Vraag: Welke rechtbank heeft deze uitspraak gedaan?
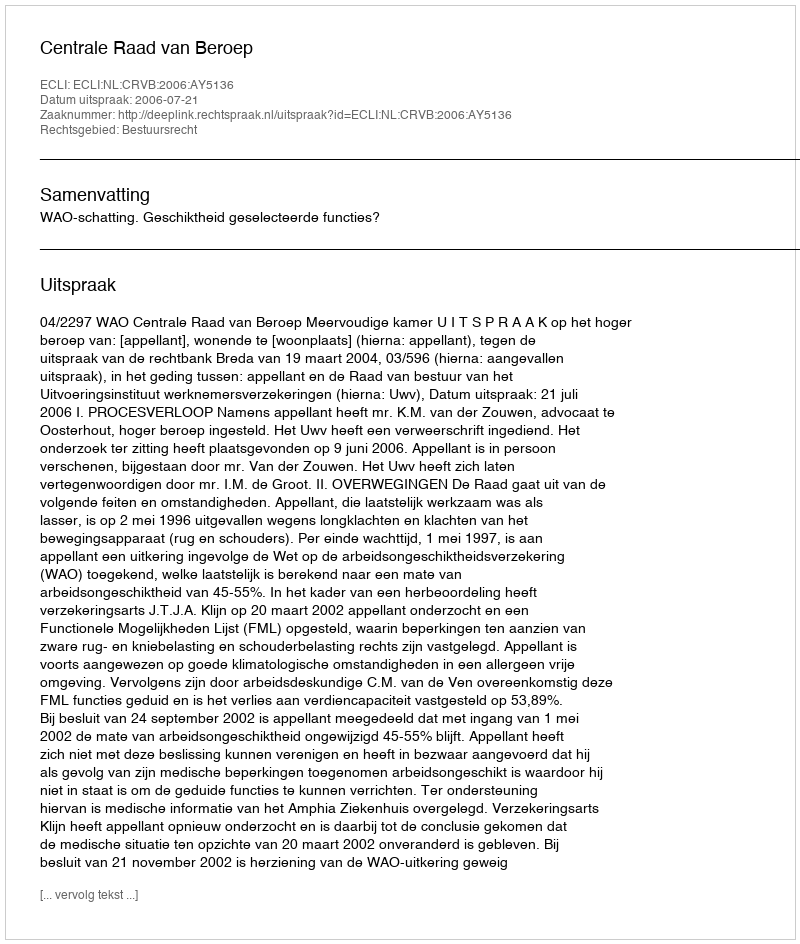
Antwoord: Centrale Raad van Beroep